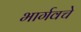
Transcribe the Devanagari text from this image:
भार्गवचे